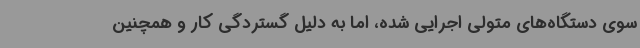
سوی دستگاه‌های متولی اجرایی شده، اما به دلیل گستردگی کار و همچنین